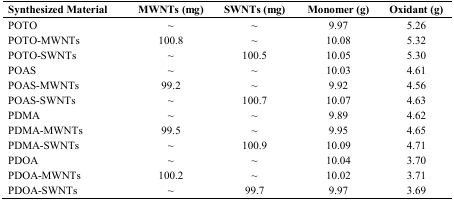
| Synthesized Material | MWNTs (mg) | SWNTs (mg) | Monomer (g) | Oxidant (g) |
 | --- | --- | --- | --- | --- |
 | POTO | ~ | ~ | 9.97 | 5.26 |
 | POTO-MWNTs | 100.8 | ~ | 10.08 | 5.32 |
 | POTO-SWNTs | ~ | 100.5 | 10.05 | 5.30 |
 | POAS | ~ | ~ | 10.03 | 4.61 |
 | POAS-MWNTs | 99.2 | ~ | 9.92 | 4.56 |
 | POAS-SWNTs | ~ | 100.7 | 10.07 | 4.63 |
 | PDMA | ~ | ~ | 9.89 | 4.62 |
 | PDMA-MWNTs | 99.5 | ~ | 9.95 | 4.65 |
 | PDMA-SWNTs | ~ | 100.9 | 10.09 | 4.71 |
 | PDOA | ~ | ~ | 10.04 | 3.70 |
 | PDOA-MWNTs | 100.2 | ~ | 10.02 | 3.71 |
 | PDOA-SWNTs | ~ | 99.7 | 9.97 | 3.69 |